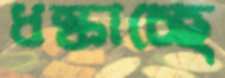
ধস্‌কাচ্ছে